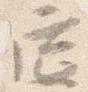
筵